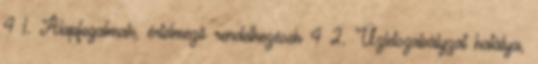
4 1. Alapfogalmak, értelmező rendelkezések 4 2. Üzletszabályzat hatálya,